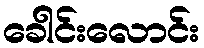
ခေါင်းလောင်း